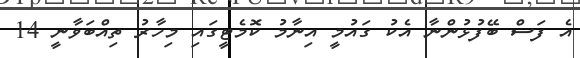
އެ ފަސް ބޭފުޅުންނާ އެކު ގައުމީ އިނާމު ކޮމެޓީގައި މިހާރު ތިއްބަވާނީ 14